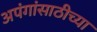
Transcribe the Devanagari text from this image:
अपंगांसाठीच्या